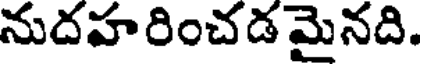
నుదహరించడమైనది.